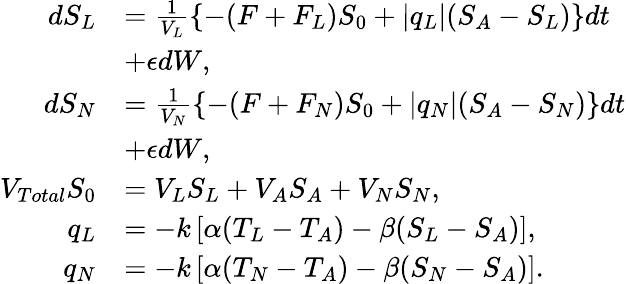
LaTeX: \begin{array}{rl}{d{S_{L}}}&{=\frac{1}{V_{L}}\{ -(F+F_{L})S_{0}+|q_{L}|(S_{A}-S_{L})\} dt}\\ &{+\epsilon dW,}\\ {d{S_{N}}}&{=\frac{1}{V_{N}}\{ -(F+F_{N})S_{0}+|q_{N}|(S_{A}-S_{N})\} dt}\\ &{+\epsilon dW,}\\ {V_{Total}S_{0}}&{=V_{L}S_{L}+V_{A}S_{A}+V_{N}S_{N},}\\ {q_{L}}&{=-k\left[\alpha(T_{L}-T_{A})-\beta(S_{L}-S_{A})\right],}\\ {q_{N}}&{=-k\left[\alpha(T_{N}-T_{A})-\beta(S_{N}-S_{A})\right].}\end{array}